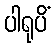
ပါရုပိံ